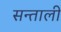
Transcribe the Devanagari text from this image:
सन्ताली